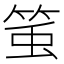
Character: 𥭥